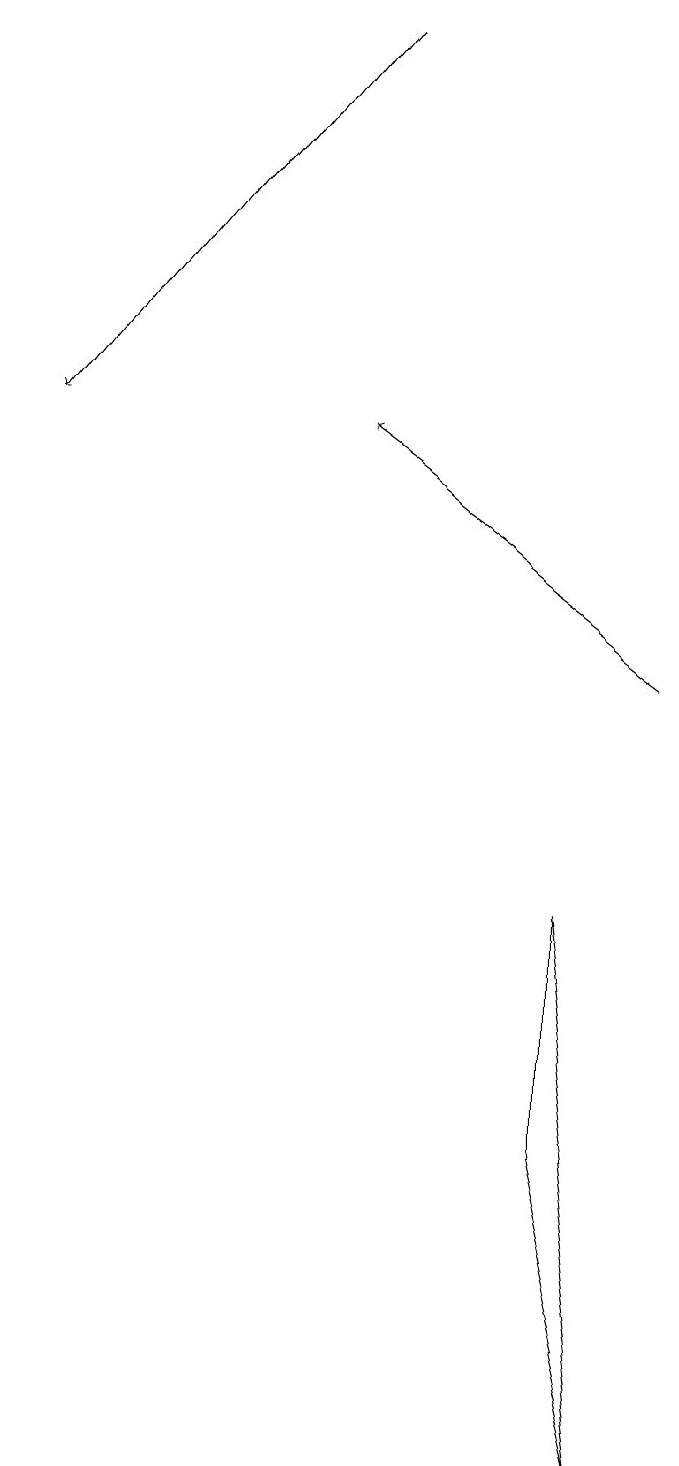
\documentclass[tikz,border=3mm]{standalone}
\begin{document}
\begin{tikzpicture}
\draw (7,8) -- (7,5) -- (8,1) -- cycle;
\draw[->] (4,19) -- (0,14);
\draw[->] (8,11) -- (4,14);
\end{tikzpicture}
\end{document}